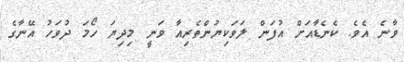
ވާނެ އެވެ. ކެނެޑާއަށް އުފަން ލަވަކިޔުންތެރިއާ ވަނީ މިދިޔަ ހޯމަ ދުވަހު އޭނާގެ